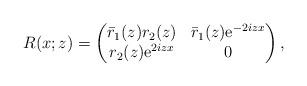
LaTeX: \begin{align*}R(x;z)=\begin{pmatrix}\bar{r}_1(z) r_2(z) & \bar{r}_1(z) \mathrm{e}^{-2iz x} \\r_2(z) \mathrm{e}^{2iz x} & 0\end{pmatrix},\end{align*}